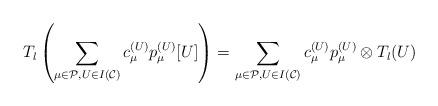
LaTeX: \begin{align*}T_l\left(\sum_{\mu \in \mathcal{P}, U \in I(\mathcal{C})} c_\mu^{(U)} p_\mu^{(U)} [U]\right) = \sum_{\mu \in \mathcal{P}, U \in I(\mathcal{C})} c_\mu^{(U)} p_\mu^{(U)} \otimes T_l(U)\end{align*}